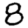
Digit: 8